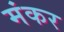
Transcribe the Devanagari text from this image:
मंकर